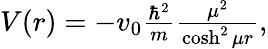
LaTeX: \begin{array}{r}{V(r)=-v_{0}\frac{\hbar^{2}}{m}\frac{\mu^{2}}{\cosh^{2}{\mu r}},}\end{array}